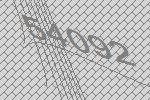
54092